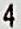
4